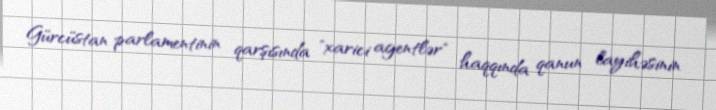
Gürcüstan parlamentinin qarşısında "xarici agentlər" haqqında qanun layihəsinin